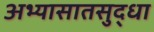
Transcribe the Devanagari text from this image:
अभ्यासातसुद्धा